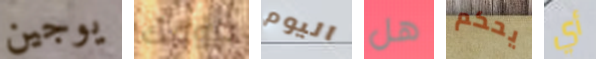
يوجين بيومك اليوم هل يحكم أي